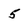
Character: 5